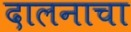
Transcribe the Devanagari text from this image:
दालनाचा